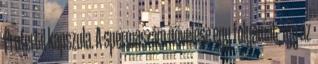
Profertil kapszula. A spermaszám növelése egy folyamat, így az